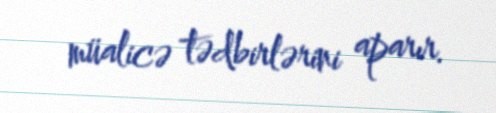
müalicə tədbirlərini aparır.